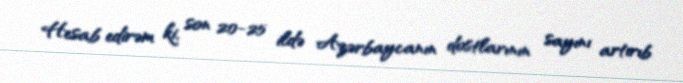
Hesab edirəm ki, son 20-25 ildə Azərbaycanın dostlarının sayını artırıb